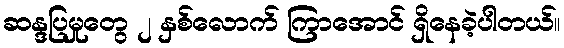
ဆန္ဒပြမှုတွေ ၂ နှစ်လောက် ကြာအောင် ရှိနေခဲ့ပါတယ်။